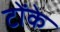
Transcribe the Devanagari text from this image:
टोंके